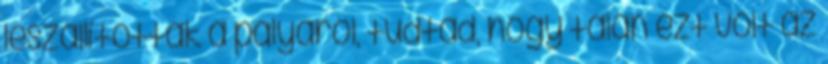
leszállítottak a pályáról, tudtad, hogy talán ezt volt az